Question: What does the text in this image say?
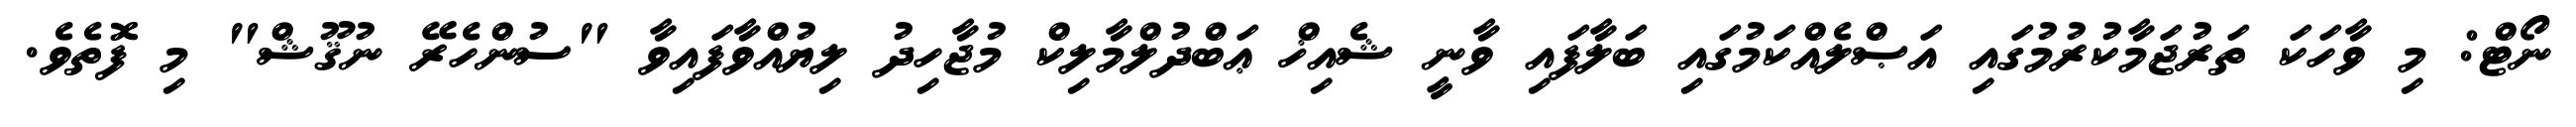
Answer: ނޯޓް: މި ވާހަކަ ތަރުޖަމާކުރުމުގައި އަޞްލެއްކަމުގައި ބަލާފައި ވާނީ ޝެއިޚް ޢަބްދުލްމާލިކް މުޖާހިދު ލިޔުއްވާފައިވާ "ސުންހެރޭ ނުޤޫޝް" މި ފޮތެވެ.